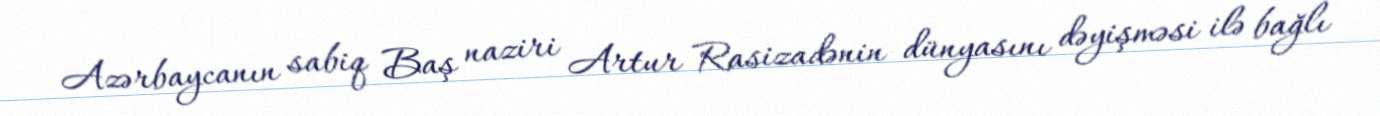
Azərbaycanın sabiq Baş naziri Artur Rasizadənin dünyasını dəyişməsi ilə bağlı